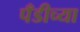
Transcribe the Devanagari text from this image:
पँडीच्या